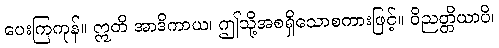
ပေးကြကုန်။ ဣတိ အာဒိကာယ၊ ဤသို့အစရှိသောစကားဖြင့်။ ဝိညတ္တိယာပိ၊